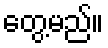
တွေ့မည်။